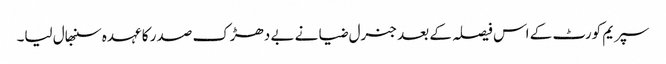
سپریم کورٹ کے اس فیصلہ کے بعد جنرل ضیا نے بے دھڑک صدر کا عہدہ سنبھال لیا۔